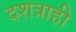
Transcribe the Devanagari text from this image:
दशत्राही